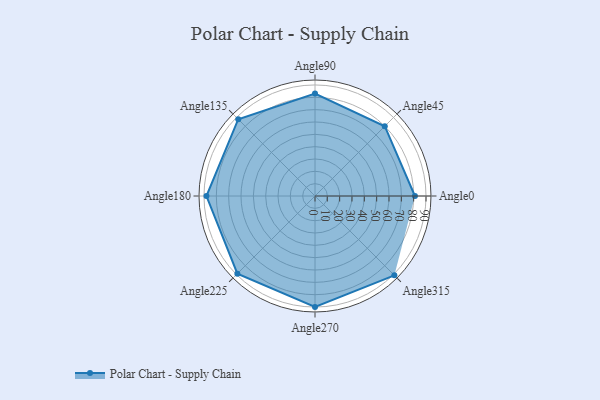
{"axis": {"x": "Angle", "y": "Radius"}, "legend": [""], "data": [{"x": "Angle0", "y": 81.0, "type": ""}, {"x": "Angle45", "y": 80.0, "type": ""}, {"x": "Angle90", "y": 83.0, "type": ""}, {"x": "Angle135", "y": 88.0, "type": ""}, {"x": "Angle180", "y": 88.0, "type": ""}, {"x": "Angle225", "y": 89.0, "type": ""}, {"x": "Angle270", "y": 90.0, "type": ""}, {"x": "Angle315", "y": 91.0, "type": ""}]}